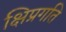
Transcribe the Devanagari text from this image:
क्षिप्रगति